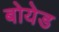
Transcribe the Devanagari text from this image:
बोयेड